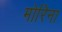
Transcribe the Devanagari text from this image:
मोरिना